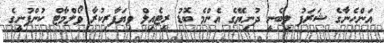
އަންހެނާގެ ޝަރަފު ލިބެނީ ދުނިޔޭގެ އެންމެ ބޮޑު ރީޓެއިލް ވިޔަފާރިކުރާ ވޯލްމާޓް ކުންފުނީގެ